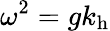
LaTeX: \omega^{2}=gk_{\mathrm{{h}}}